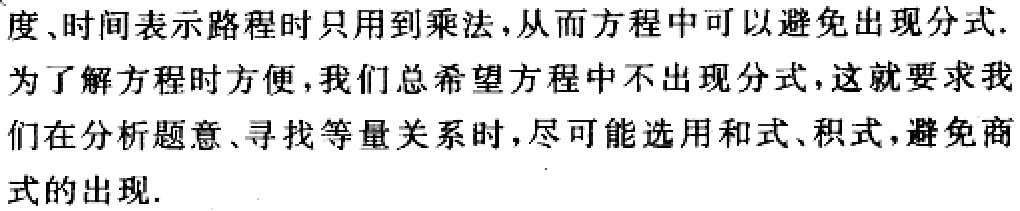
度、时间表示路程时只用到乘法，从而方程中可以避免出现分式.

为了解方程时方便，我们总希望方程中不出现分式，这就要求我

们在分析题意、寻找等量关系时，尽可能选用和式、积式，避免商

式的出现.